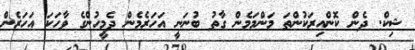
ޝިކް. ދެން ކޮންއިރަކުންތަ މަންމަމެން ގާތު ބުނަނީ އަހަރެމެން ދެމީހުންގެ ވާހަކަ އަހަރެން